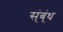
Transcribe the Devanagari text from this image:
स्ंब्ंध